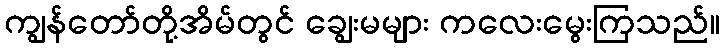
ကျွန်တော်တို့အိမ်တွင် ချွေးမများ ကလေးမွေးကြသည်။